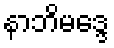
နာဘိမဒ္ဒေ